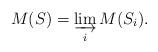
LaTeX: \begin{align*}M(S) = \varinjlim_i M(S_i).\end{align*}